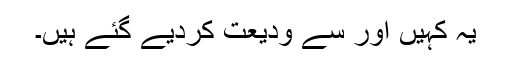
یہ کہیں اور سے ودیعت کردیے گئے ہیں۔